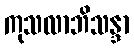
ကုသလာဘိသန္ဒာ